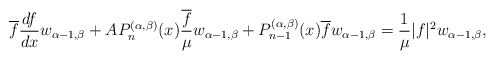
\begin{align*} \overline{f}\frac{df}{dx} w_{\alpha-1,\beta} + A P_n^{(\alpha,\beta)}(x) \frac {\overline{f}}\mu w_{\alpha-1,\beta} + P_{n-1}^{(\alpha,\beta)}(x)\overline{f}w_{\alpha-1,\beta} = \frac 1\mu |f|^2 w_{\alpha-1,\beta}, \end{align*}